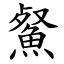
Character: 䱗